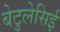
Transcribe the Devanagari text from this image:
बेटुलेसिई